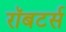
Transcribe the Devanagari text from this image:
रॉबटर्स